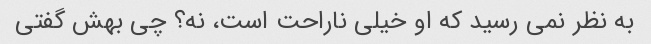
به نظر نمی رسید که او خیلی ناراحت است، نه؟ چی بهش گفتی